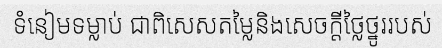
ទំនៀមទម្លាប់ ជាពិសេសតម្លៃនិងសេចក្តីថ្លៃថ្នូររបស់